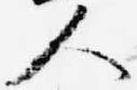
人